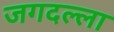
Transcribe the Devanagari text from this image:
जगदल्ला